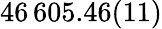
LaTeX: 46\, 605.46(11)